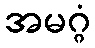
အမဂ္ဂံ